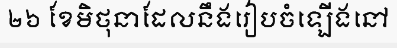
២៦ ខែមិថុនាដែលនឹងរៀបចំឡើងនៅ